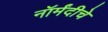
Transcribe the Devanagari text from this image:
नॉर्मंदीचे